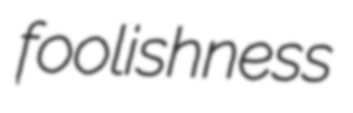
foolishness